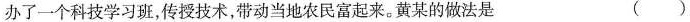
办了一个科技学习班，传授技术，带动当地农民富起来。黄某的做法是 ( )